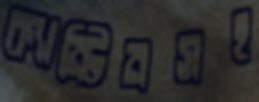
ক্যান্টিনসহ